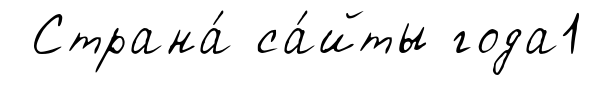
Страна́ са́йты года1